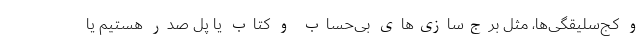
و کج‌سلیقگی‌ها، مثل برج‌سازی‌های بی‌حساب و کتاب یا پل صدر هستیم یا